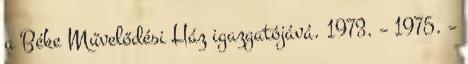
a Béke Művelődési Ház igazgatójává. 1973. – 1975. –